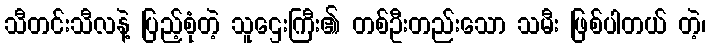
သီတင်းသီလနဲ့ ပြည့်စုံတဲ့ သူဌေးကြီး၏ တစ်ဦးတည်းသော သမီး ဖြစ်ပါတယ် တဲ့၊